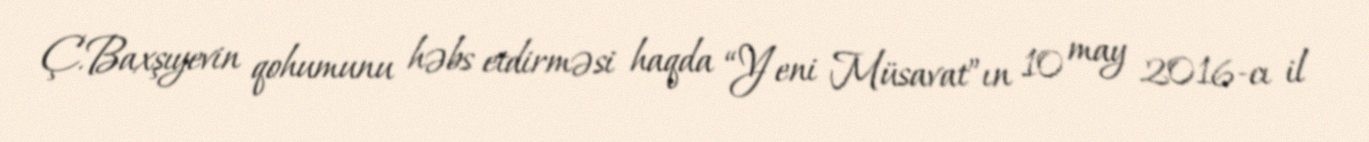
Ç.Baxşıyevin qohumunu həbs etdirməsi haqda “Yeni Müsavat”ın 10 may 2016-cı il